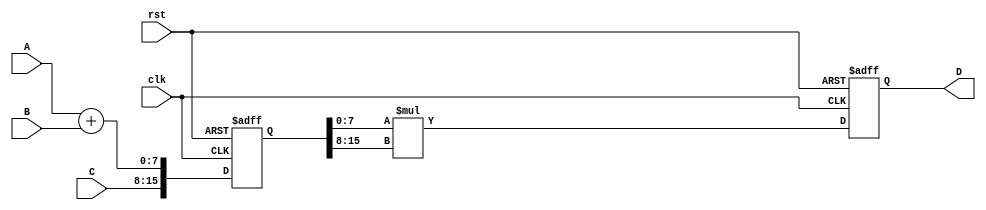
module pipeline(A,B,C,D,clk,rst);
	input [7:0] A;
	input [7:0] B;
	input [7:0] C;
	input clk;
	input rst;
	output [15:0] D;
	reg [15:0] Reg1;
	reg [15:0] Reg2;
	wire [7:0] Add;
	wire [15:0] Cross;
	assign Add = A + B;
	assign Cross = Reg1[7:0] * Reg1[15:8];
	assign D[15:0] = Reg2[15:0];
	always@(posedge clk or negedge rst)
	begin
	if(!rst)
		begin
			Reg1[0] <=  32'd0;
			Reg1[1] <=  32'd0;
			Reg1[2] <=  32'd0;
			Reg1[3] <=  32'd0;
			Reg1[4] <=  32'd0;
			Reg1[5] <=  32'd0;
			Reg1[6] <=  32'd0;
			Reg1[7] <=  32'd0;
			Reg1[8] <=  32'd0;
			Reg1[9] <=  32'd0;
			Reg1[10] <=  32'd0;
			Reg1[11] <=  32'd0;
			Reg1[12] <=  32'd0;
			Reg1[13] <=  32'd0;
			Reg1[14] <=  32'd0;
			Reg1[15] <=  32'd0;

		end
	else
		begin
			Reg1[7:0] <= Add;
			 Reg1[15:8] <= C;		
		end
	end
	always@(posedge clk or negedge rst)
	begin
	if(!rst)
		begin
			Reg2[0] <=  32'd0;
			Reg2[1] <=  32'd0;
			Reg2[2] <=  32'd0;
			Reg2[3] <=  32'd0;
			Reg2[4] <=  32'd0;
			Reg2[5] <=  32'd0;
			Reg2[6] <=  32'd0;
			Reg2[7] <=  32'd0;
			Reg2[8] <=  32'd0;
			Reg2[9] <=  32'd0;
			Reg2[10] <=  32'd0;
			Reg2[11] <=  32'd0;
			Reg2[12] <=  32'd0;
			Reg2[13] <=  32'd0;
			Reg2[14] <=  32'd0;
			Reg2[15] <=  32'd0;
		end
	else 
		begin
			Reg2[15:0] <= Cross;
		end
	end

endmodule